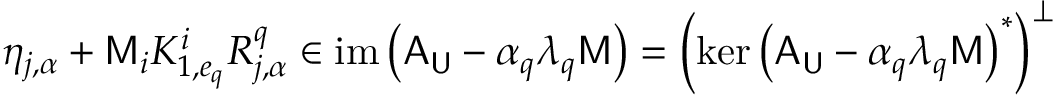
\eta _ { j , \alpha } + \mathsf { M } _ { i } K _ { 1 , e _ { q } } ^ { i } R _ { j , \alpha } ^ { q } \in \mathrm { i m } \left( \mathsf { A } _ { \mathsf { U } } - \alpha _ { q } \lambda _ { q } \mathsf { M } \right) = \left( \mathrm { k e r } \left( \mathsf { A } _ { \mathsf { U } } - \alpha _ { q } \lambda _ { q } \mathsf { M } \right) ^ { * } \right) ^ { \perp }